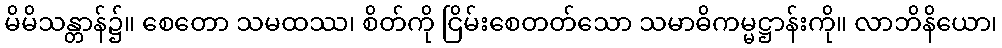
မိမိသန္တာန်၌။ စေတော သမထဿ၊ စိတ်ကို ငြိမ်းစေတတ်သော သမာဓိကမ္မဋ္ဌာန်းကို။ လာဘိနိယော၊